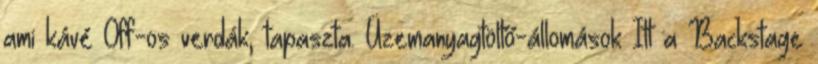
ami kávé Off-os verdák, tapaszta. Üzemanyagtöltő-állomások Itt a Backstage